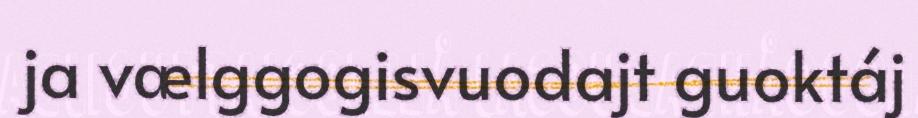
ja vælggogisvuodajt guoktáj